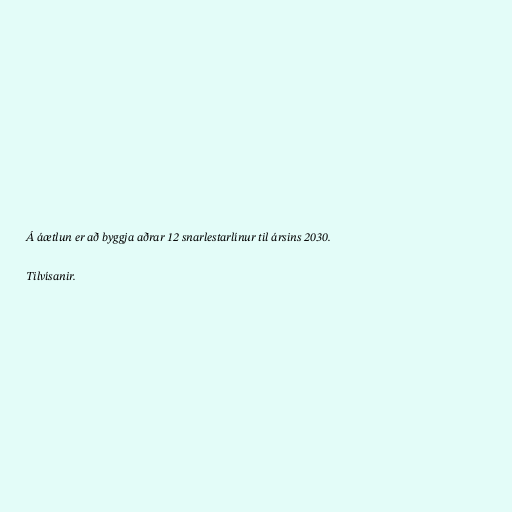
Á áætlun er að byggja aðrar 12 snarlestarlínur til ársins 2030.

Tilvísanir.